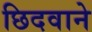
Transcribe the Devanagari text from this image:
छिदवाने